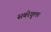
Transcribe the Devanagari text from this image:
सबरेगुलर